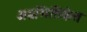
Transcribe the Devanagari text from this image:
अग्रभित्तिकेत